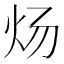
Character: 炀